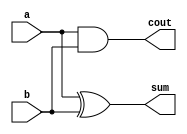
`timescale 1ns / 1ps
//////////////////////////////////////////////////////////////////////////////////
// Company: 
// Engineer: 
// 
// Design Name: 
// Module Name: half_adder
// Project Name: 
// Target Devices: 
// Tool Versions: 
// Description: 
// 
// Dependencies: 
// 
// Revision:
// Revision 0.01 - File Created
// Additional Comments:
// 
//////////////////////////////////////////////////////////////////////////////////

(* KEEP_HIERARCHY = "YES" *) 
module half_adder(
    input a,
    input b,
    output sum,
    output cout
    );
    
    assign sum = a ^ b;
    assign cout = a & b;
    
endmodule